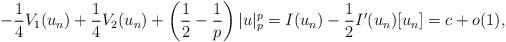
LaTeX: \begin{align*}- \frac{1}{4}V_1(u_n) + \frac{1}{4} V_2(u_n) + \left(\frac{1}{2} - \frac{1}{p}\right)|u|^p_p = I(u_n) -\frac{1}{2}I'(u_n)[u_n] = c + o(1),\end{align*}